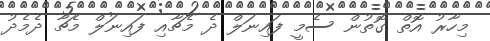
މިހާރު އޮތް ގޮތުން ސެމީ ފައިނަލް ދެ މެޗާއި ފައިނަލް މެޗާ ދެމެދު